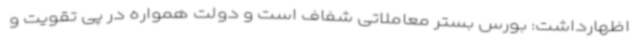
اظهارداشت: بورس بستر معاملاتی شفاف است و دولت همواره در پی تقویت و